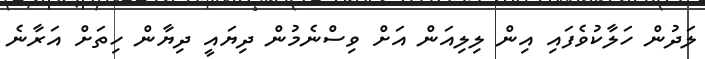
ލަދުން ހަލާކުވެފައި އިން ލިލިއަން އަށް ވިސްނެމުން ދިޔައީ ދިޔާން ހިތަށް އަރާނެ